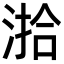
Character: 湁